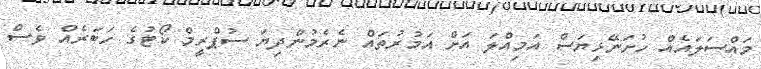
މައްސަލައެއް ހުށަނޭޅިޔަސް އަމިއްލަ އަށް އަމުރުތައް ނެރެމުންދިޔަ ސުޕްރީމް ކޯޓުގެ ހަބަރެއް ވެސް